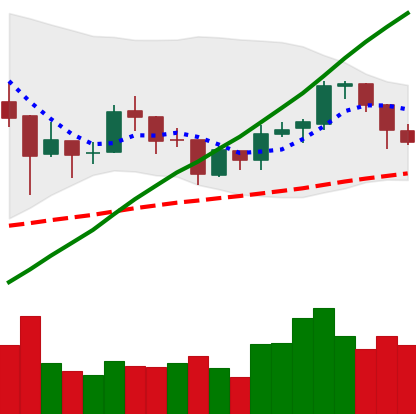
Ticker: BTC-USD
Chart end date: 2018-01-09
Forward return: -5.641%
Label: down_5_7